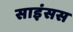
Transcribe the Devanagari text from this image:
साइंसस